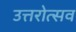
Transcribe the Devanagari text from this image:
उत्तरोत्सव